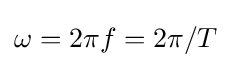
\omega =2\pi f=2\pi /T\,\!